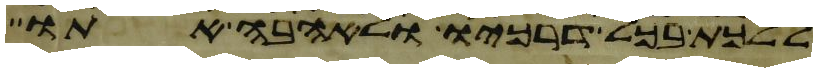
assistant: ללכת בכל דרכיו ולאהבה אתו